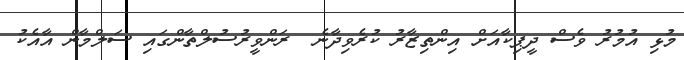
މުޅި އުމުރު ވެސް ދީޕިކާއަށް އިންތިޒާރު ކުރެވިދާނެ  ރަންވީރުސުލްތާންގައި ސަލްމާން އާއެކު